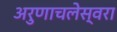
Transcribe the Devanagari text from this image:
अरुणाचलेस्वरा